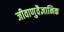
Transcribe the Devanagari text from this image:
जीवाणुवैज्ञानिक